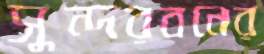
সুন্দরবনের